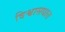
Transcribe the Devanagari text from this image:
विश्वासधात्त